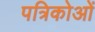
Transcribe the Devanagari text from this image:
पत्रिकोओं